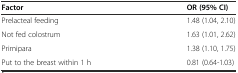
| Factor | OR (95% CI) |
 | --- | --- |
 | Prelacteal feeding | 1.48 (1.04, 2.10) |
 | Not fed colostrum | 1.63 (1.01, 2.62) |
 | Primipara | 1.38 (1.10, 1.75) |
 | Put to the breast within 1 h | 0.81 (0.64-1.03) |